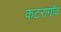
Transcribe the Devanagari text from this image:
कटरागाँव